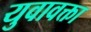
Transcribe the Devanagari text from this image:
युवावक्ता